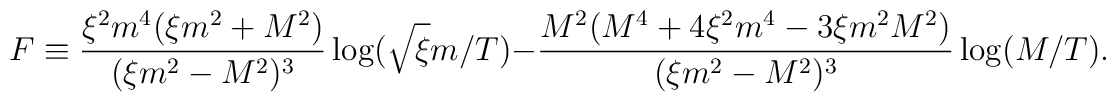
F\equiv \frac{\xi^2 m^4(\xi m^2 + M^2)}{(\xi m^2 -M^2)^3}\log(\sqrt{\xi}m/T) - \frac{M^2(M^4 + 4 \xi^2 m^4 - 3 \xi m^2M^2)}{(\xi m^2 - M^2)^3} \log(M/T).